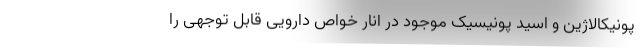
پونیکالاژین و اسید پونیسیک موجود در انار خواص دارویی قابل توجهی را